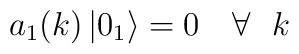
a_{1}(k) \left| 0_1 \right> = 0 \ \ \ \forall\ \ k